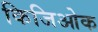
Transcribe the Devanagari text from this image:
किजिओक